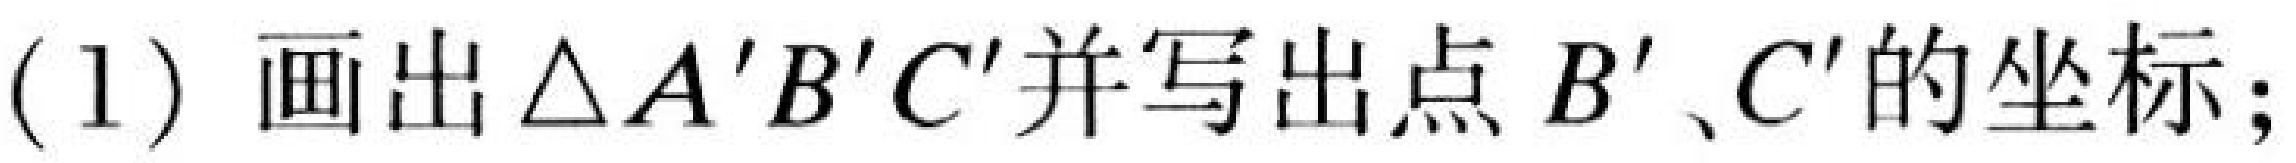
(1) 画出$\triangle A'B'C'$并写出点$B'、C'$的坐标；